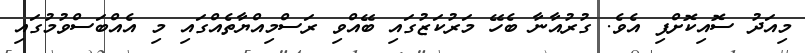
މިއަދު ސޮއިކޮށްފި އެވެ. ގުރުއާނާ ބެހޭ މަރުކަޒުގައި ބޭއްވި ރަސްމިއްޔާތެއްގައި މި އެއްބަސްވުމުގައި